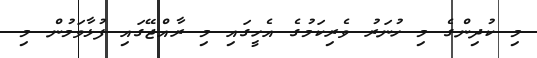
މި ކުދިންގެ މި ހުނަރު ވެރިކަމުގެ އެހީގައި މި ރާއްޖޭގައި ފުޅާވަމުން މި